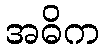
အဓိက